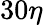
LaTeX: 30\eta